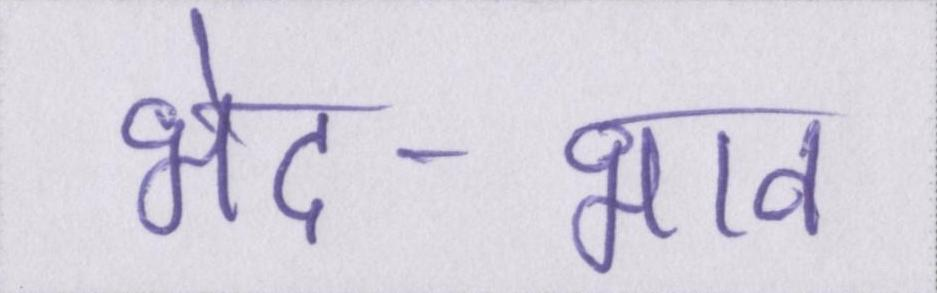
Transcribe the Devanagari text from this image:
भेद-भाव